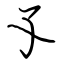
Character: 孓